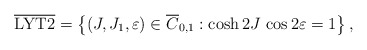
\begin{align*}\overline{\rm LYT2}= \left\{ (J,J_1,\varepsilon)\in \overline C_{0,1} : \cosh 2J\,\cos 2\varepsilon = 1 \right\}, \end{align*}